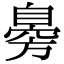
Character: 臱